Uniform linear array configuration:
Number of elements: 64
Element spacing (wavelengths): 0.25
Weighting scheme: binomial
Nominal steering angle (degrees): -30
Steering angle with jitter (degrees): -29.707
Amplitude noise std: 0.05
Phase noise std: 0.05

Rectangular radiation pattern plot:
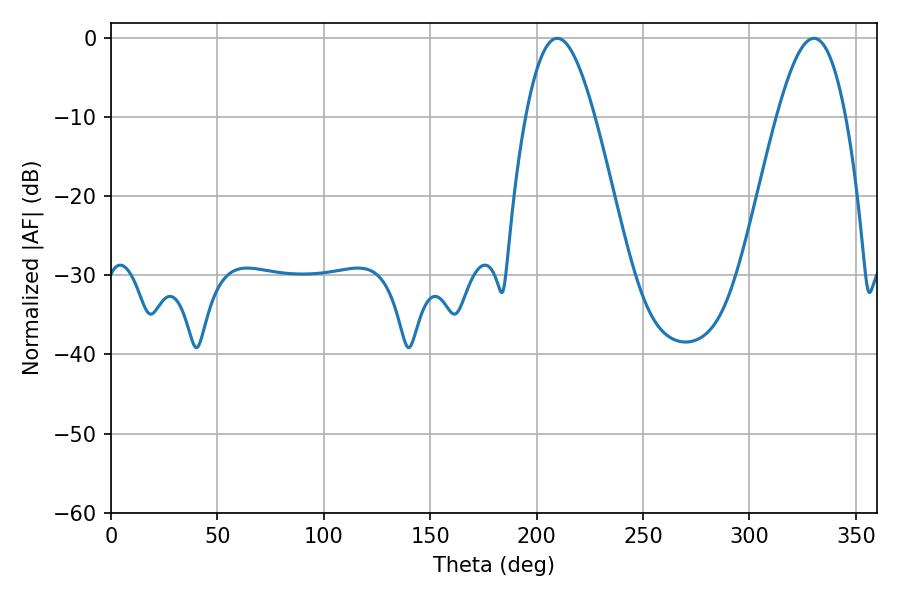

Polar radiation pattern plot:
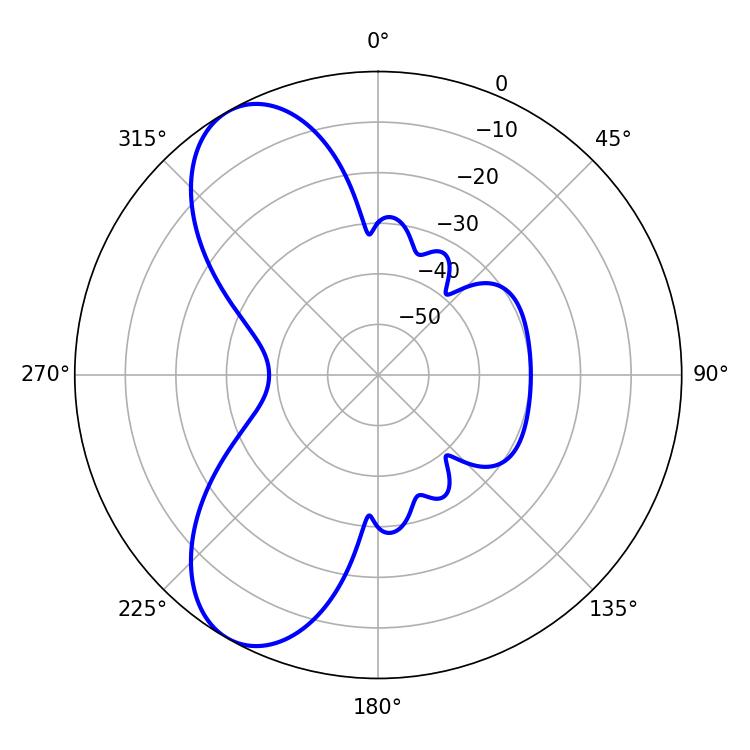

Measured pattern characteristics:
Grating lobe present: FALSE
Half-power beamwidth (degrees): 17.46
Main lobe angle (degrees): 209.7